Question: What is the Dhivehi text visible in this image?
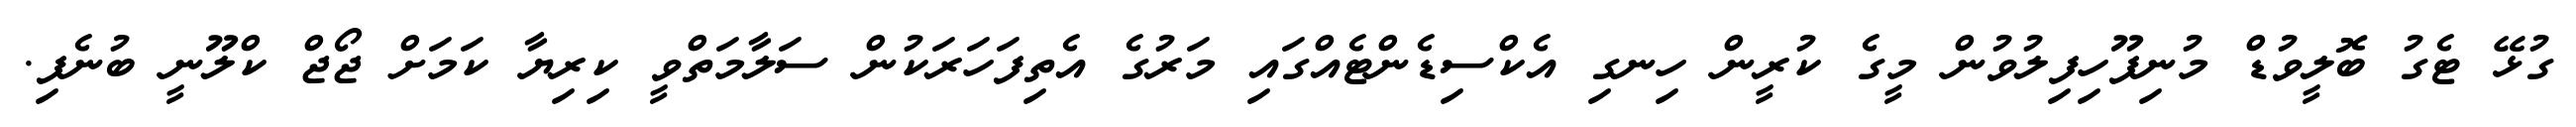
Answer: ގުޅޭ ޓެގު ބޮލީވުޑް މުނިފޫހިފިލުވުން މީގެ ކުރީން ހިނގި އެކްސިޑެންޓެއްގައި މަރުގެ އެތިފަހަރަކުން ސަލާމަތްވީ ކިރިޔާ ކަމަށް ޖޯޖް ކްލޫނީ ބުނެފި.